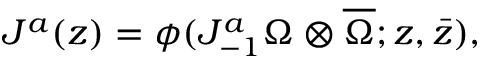
J ^ { a } ( z ) = \phi ( J _ { - 1 } ^ { a } \Omega \otimes \overline { { { \Omega } } } ; z , \bar { z } ) ,